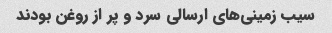
سیب زمینی‌های ارسالی سرد و پر از روغن بودند